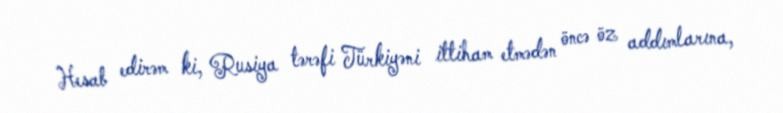
Hesab edirəm ki, Rusiya tərəfi Türkiyəni ittiham etmədən öncə öz addımlarına,